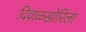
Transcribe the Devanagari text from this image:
दिवाळखोरिला